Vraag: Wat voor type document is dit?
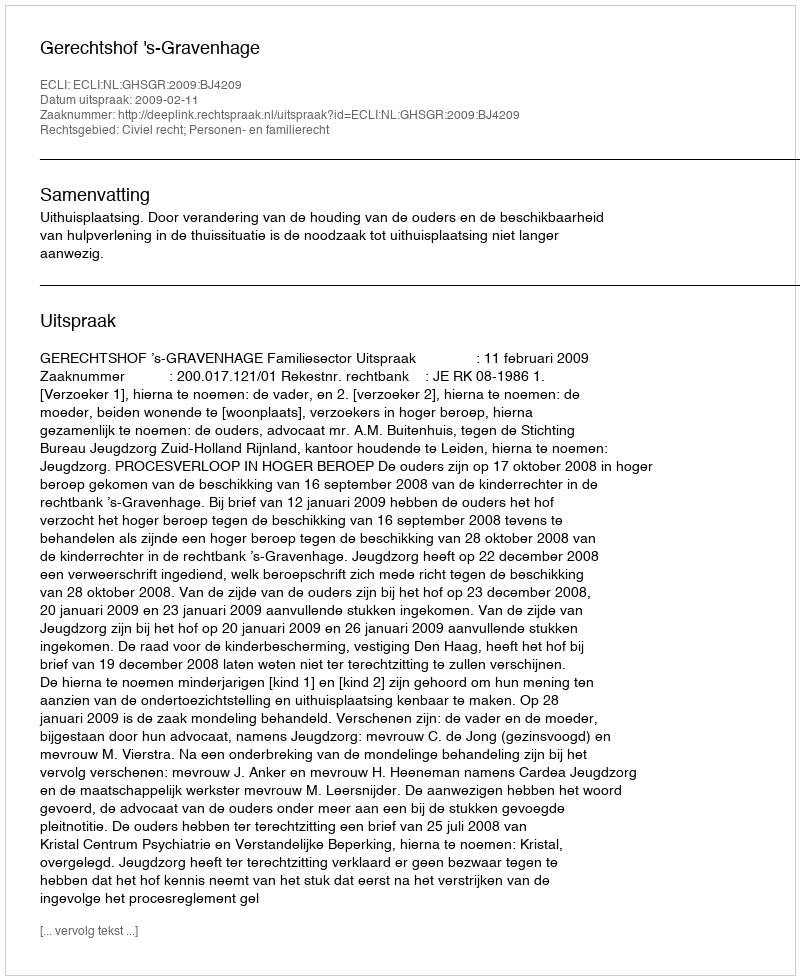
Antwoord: Uitspraak